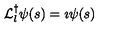
{ \cal L } _ { l } ^ { \dag } \psi ( s ) = \imath \psi ( s )